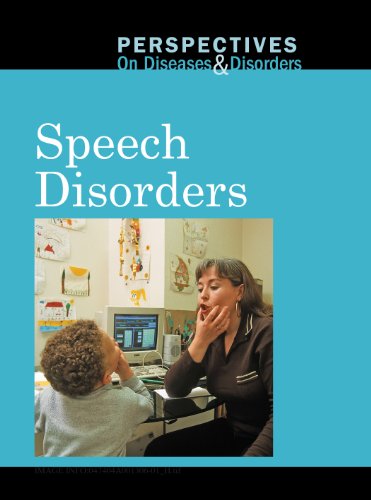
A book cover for Speech Disorders (Perspectives on Diseases and Disorders); Mary E. Williams; Teen & Young Adult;